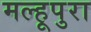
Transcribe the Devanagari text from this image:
मल्हूपुरा